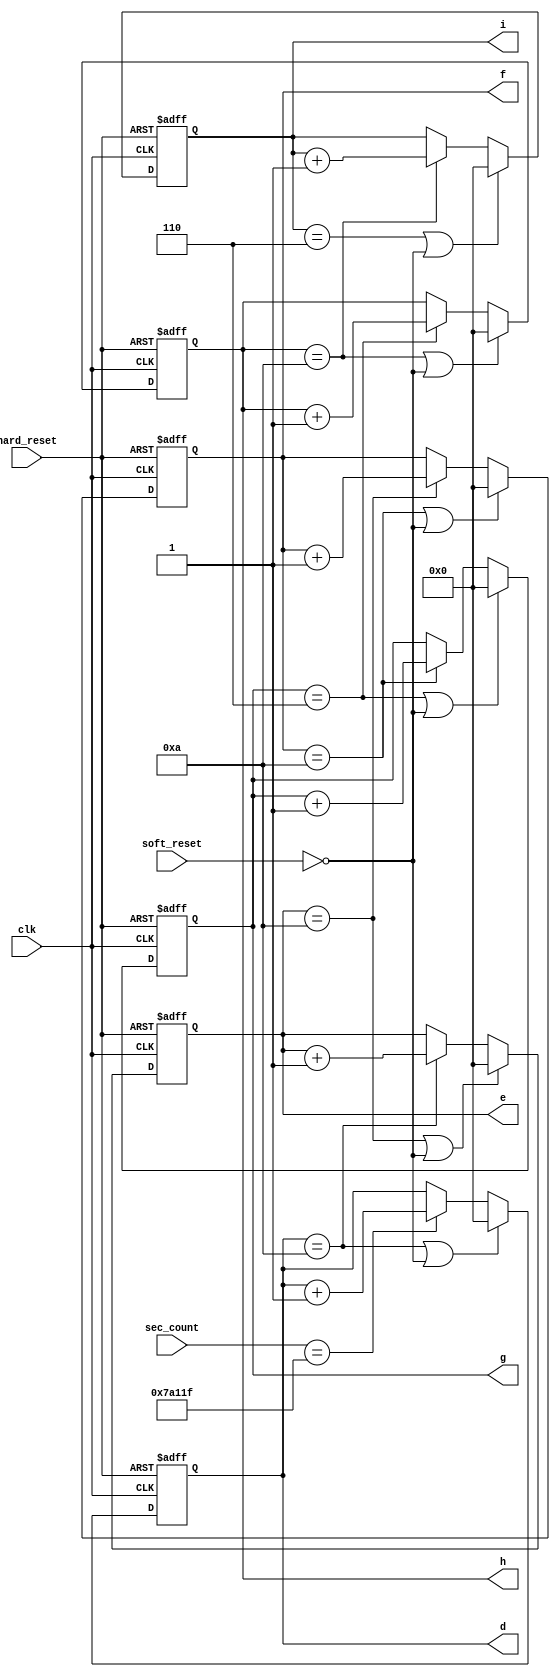
// Since the system clock is 50MHz, every 500,000th count corresponds to 0.01 seconds.
// The segments 'd', 'e', 'f', and 'h' are designed to reset to 0 when they reach 10. The segments 'g' and 'i' are designed to reset to 0 when they reach 6.
// If the previous value exceeds 10 or 6, the number in the next unit increases by +1.
// When a soft_reset or hard_reset is received, all segments return to 0.
module timer(
  clk,
  hard_reset,
  sec_count,
  soft_reset,
  d,
  e,
  f,
  g,
  h,
  i
  );
  
  input clk;
  input hard_reset;
  input [18:0] sec_count;
  input soft_reset;
  
  output reg [3:0] d;
  output reg [3:0] e;
  output reg [3:0] f;
  output reg [3:0] g;
  output reg [3:0] h;
  output reg [3:0] i;
  
  always@(posedge clk or negedge hard_reset) begin
    if (~hard_reset)  d<= 4'd0;
    else begin 
          if ((d==4'd10) || ~soft_reset) d<= 4'd0;
      else begin
    if(sec_count == 19'd499_999) d<= d+4'd1;
    else;
    end
  end
  end

always@(posedge clk or negedge hard_reset) begin
    if (~hard_reset)  e<= 4'd0;
    else begin 
      if ((e==4'd10) || ~soft_reset) e<= 4'd0;
    else begin
    if(d==4'd10) e<= e+4'd1;
    else;
  end
end
end

always@(posedge clk or negedge hard_reset) begin
    if (~hard_reset)  f<= 4'd0;
    else begin 
      if ((f==4'd10) || ~soft_reset) f<= 4'd0;
      else begin
    if(e==4'd10) f<= f+4'd1;
    else;
    end
  end
end

always@(posedge clk or negedge hard_reset) begin
    if (~hard_reset)  g<= 4'd0;
    else begin 
      if ((g==4'd6) || ~soft_reset) g<= 4'd0;
      else begin
    
    if(f==4'd10) g<= g+4'd1;
    else;
    end
  end
end

always@(posedge clk or negedge hard_reset) begin
    if (~hard_reset)  h<= 4'd0;
    else begin 
      if ((h==4'd10) || ~soft_reset) h<= 4'd0;
      else begin
    
    if(g==4'd6) h<= h+4'd1;
    else;
    end
  end
end

always@(posedge clk or negedge hard_reset) begin
    if (~hard_reset)  i<= 5'd0;
    else begin 
      if ((i==4'd6) || ~soft_reset) i<= 4'd0;
      else begin
    
    if(h==4'd10) i<= i+4'd1;
    else;
    end
  end
end

endmodule